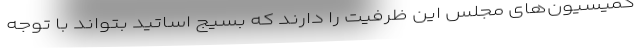
کمیسیون‌های مجلس این ظرفیت را دارند که بسیج اساتید بتواند با توجه